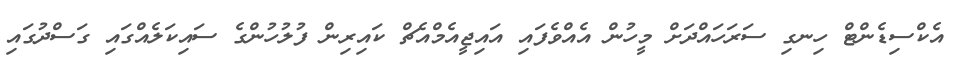
އެކްސިޑެންޓް ހިނގި ސަރަހައްދަށް މީހުން އެއްވެފައި އައިޖީއެމްއެޗް ކައިރިން ފުލުހުންގެ ސައިކަލެއްގައި ގަސްދުގައި